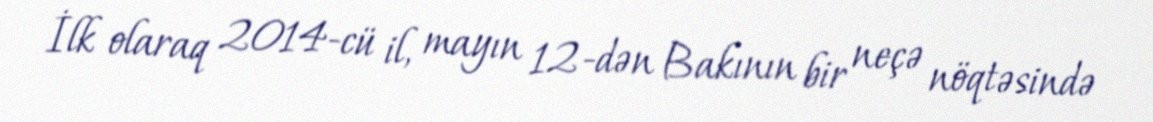
İlk olaraq 2014-cü il, mayın 12-dən Bakının bir neçə nöqtəsində